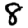
Digit: 8